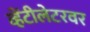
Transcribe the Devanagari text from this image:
व्हेंटीलेटरवर